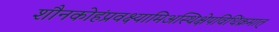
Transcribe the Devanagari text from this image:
शौनकोहंप्रवक्ष्यामिअस्थिक्षेपविधिंक्रमात्